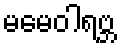
မမေဝါရဗ္ဘ